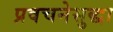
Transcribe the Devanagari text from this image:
प्रवचनेसुद्धा